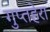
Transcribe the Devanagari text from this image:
गुप्तहेरा